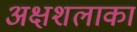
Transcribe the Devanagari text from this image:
अक्षशलाका